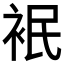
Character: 𮕸